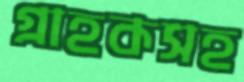
গ্রাহকসহ